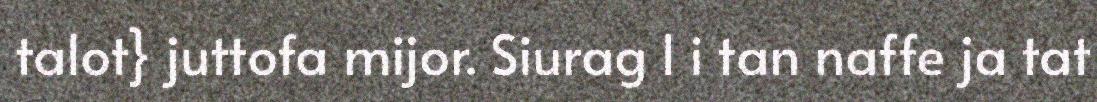
talot} juttofa mijor. Siurag l i tan naffe ja tat